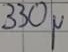
Text: 330µ